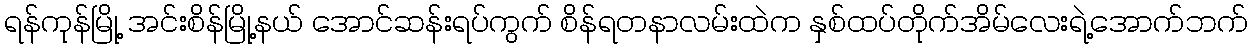
ရန်ကုန်မြို့ အင်းစိန်မြို့နယ် အောင်ဆန်းရပ်ကွက် စိန်ရတနာလမ်းထဲက နှစ်ထပ်တိုက်အိမ်လေးရဲ့အောက်ဘက်